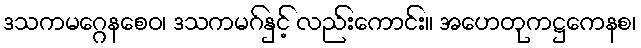
ဒသကမဂ္ဂေနစေဝ၊ ဒသကမဂ်နှင့် လည်းကောင်း။ အဟေတုကဋ္ဌကေနစ၊